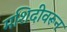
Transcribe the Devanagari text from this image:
मशिदीवरून